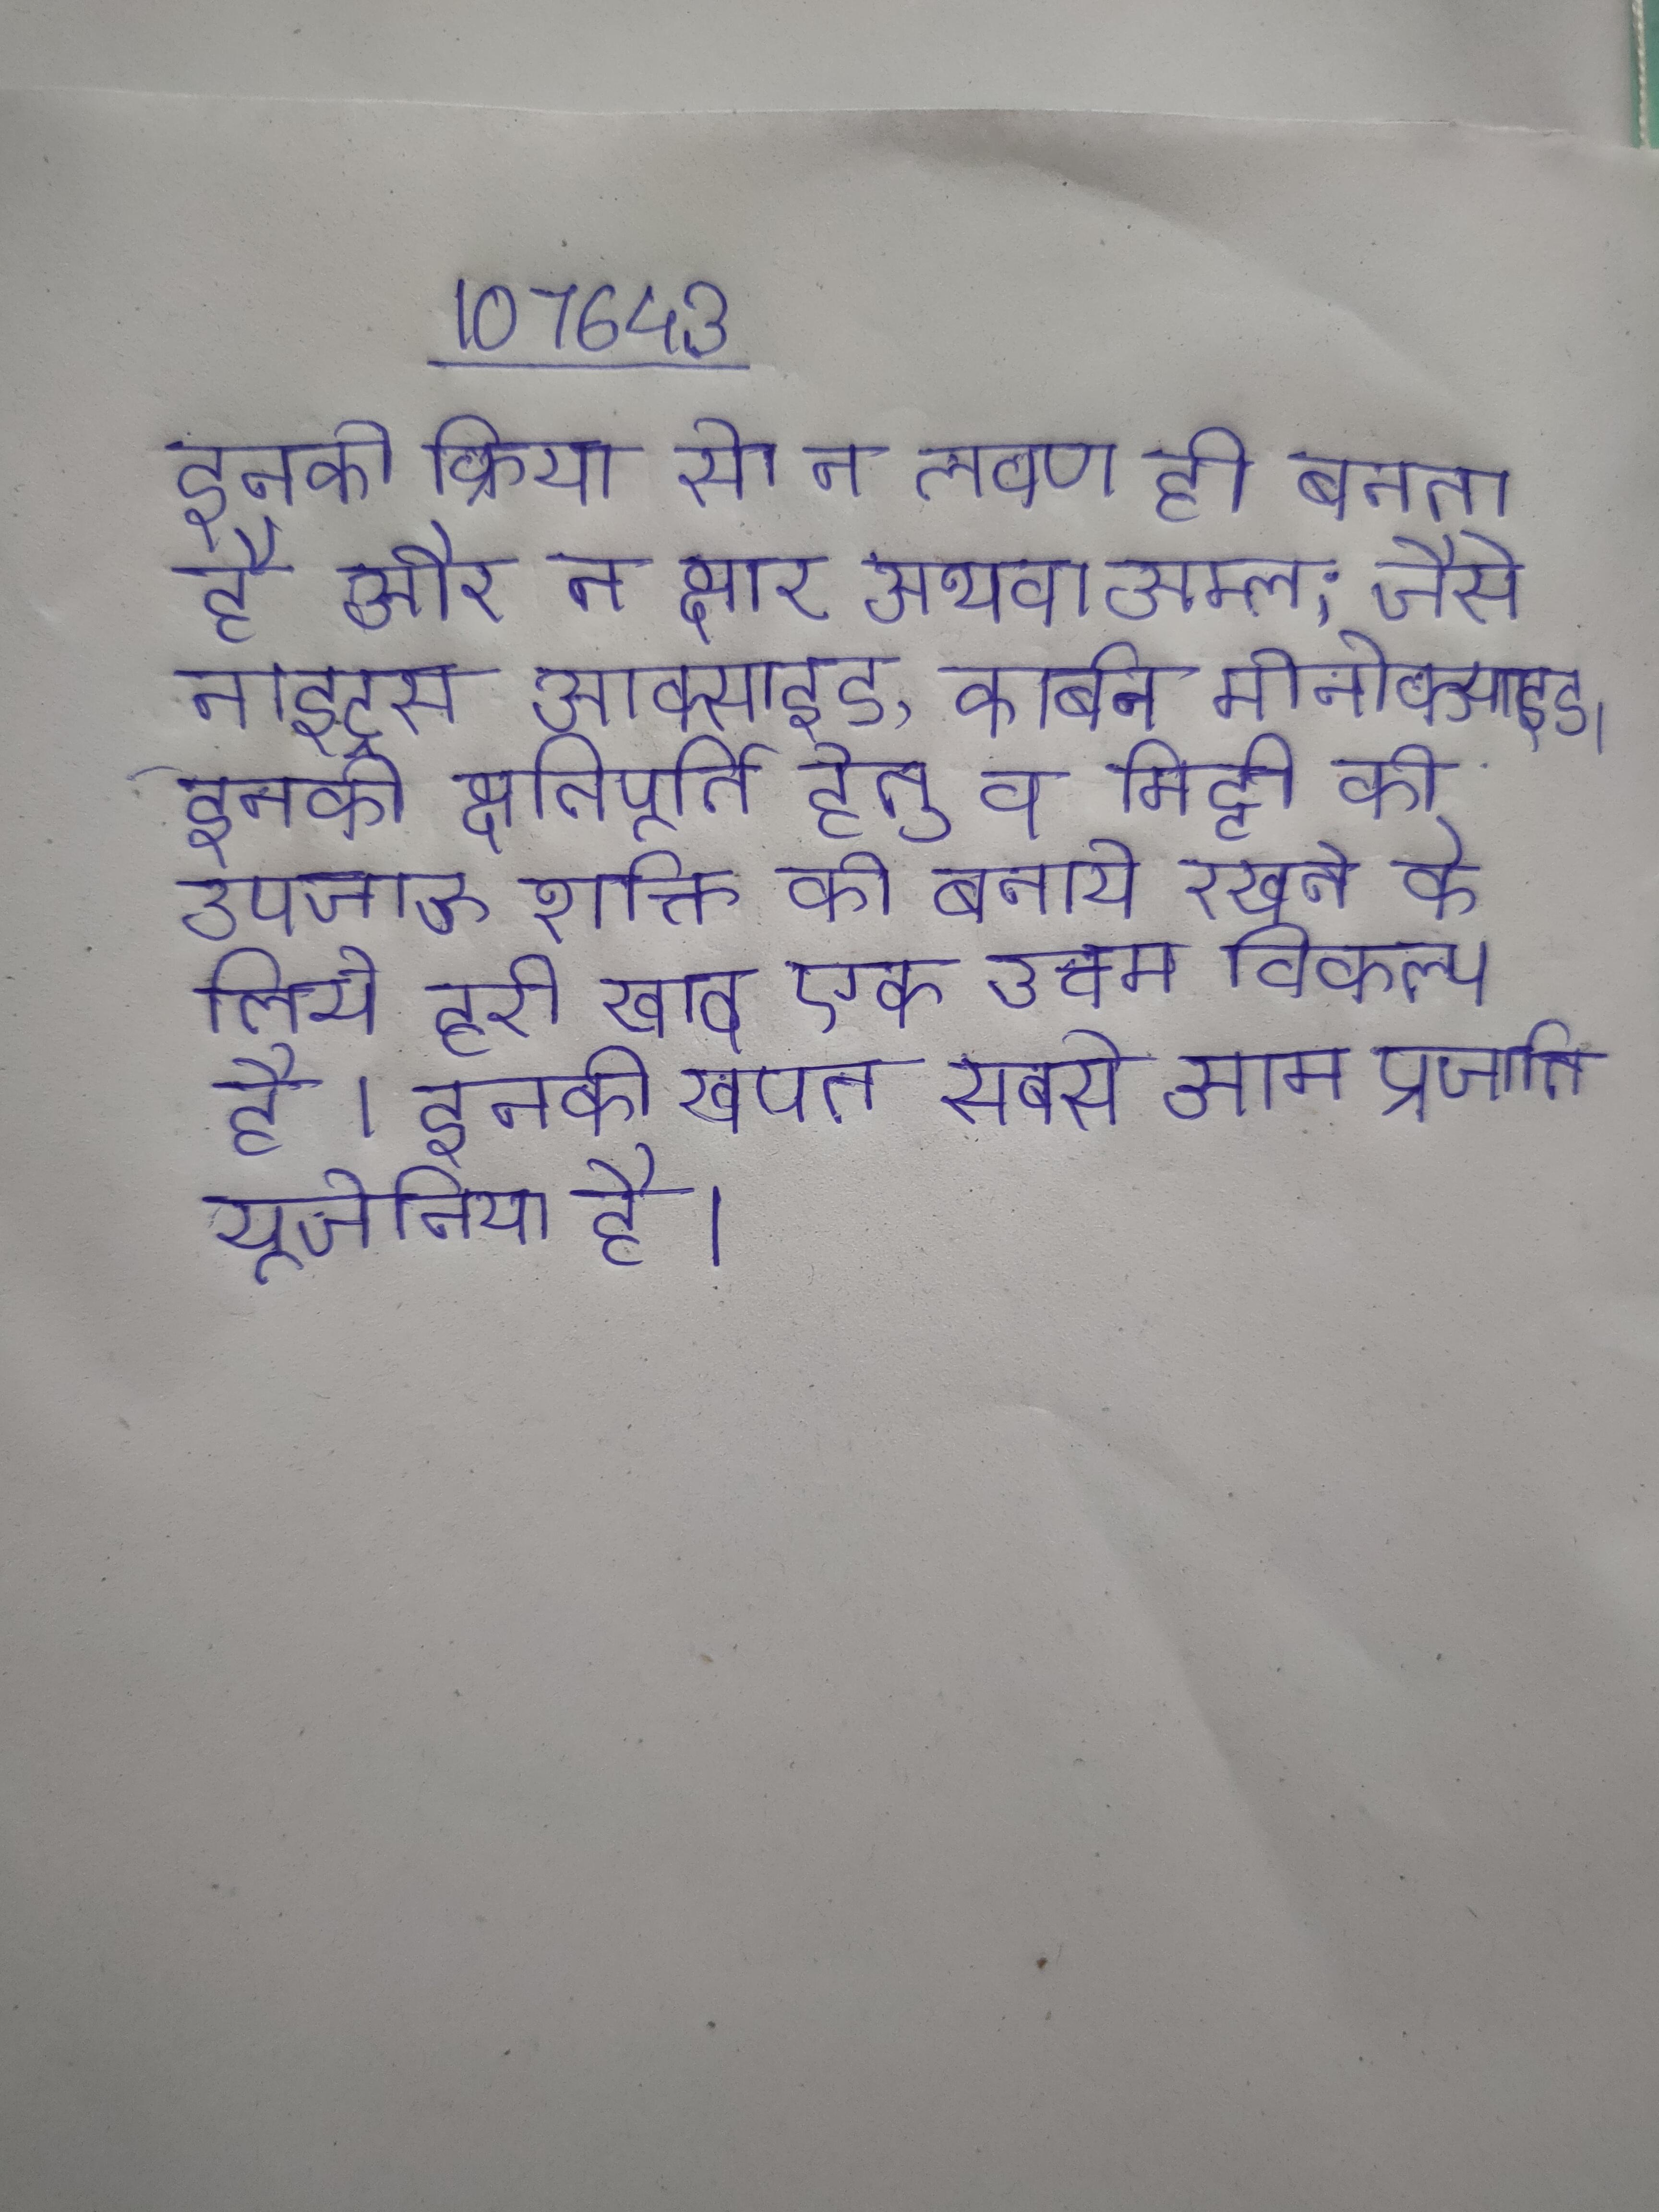
इनकी क्रिया से न लवण ही बनता है और न क्षार अथवा अम्ल; जैसे नाइट्रस आक्साइड, कार्बन मोनोक्साइड । इनकी क्षतिपूर्ति हेतु व मिट्टी की उपजाऊ शक्ति को बनाये रखने के लिये हरी खाद एक उत्तम विकल्प है । इनकी खपत सबसे आम प्रजाति यूजेनिया है ।